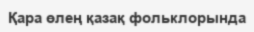
Қара өлең қазақ фольклорында